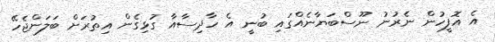
އެ އޮފީހުން ނެރުނު ނޫސްބަޔާނެއްގަައި ބުނީ އެ ހާދިސާއާ ގުޅިގެން އިތުރަށް ބަލަންޖެހޭ